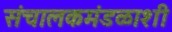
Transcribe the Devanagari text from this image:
संचालकमंडळाशी